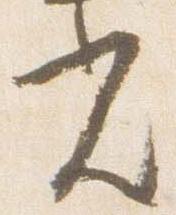
光